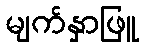
မျက်နှာဖြူ